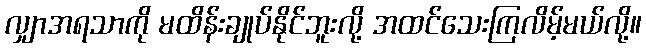
လျှာအရသာကို မထိန်းချုပ်နိုင်ဘူးလို့ အထင်သေးကြလိမ့်မယ်လို့။